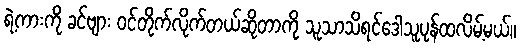
ရဲ့ကားကို ခင်ဗျား ဝင်တိုက်လိုက်တယ်ဆိုတာကို သူသာသိရင်ဒေါသူပုန်ထလိမ့်မယ်။